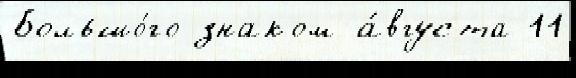
Большо́го знаком а́вгуста 11